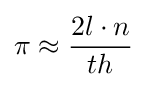
\pi \approx {\frac {2l\cdot n}{th}}